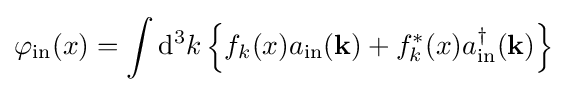
\varphi _{\mathrm {in} }(x)=\int \mathrm {d} ^{3}k\left\{f_{k}(x)a_{\mathrm {in} }(\mathbf {k} )+f_{k}^{*}(x)a_{\mathrm {in} }^{\dagger }(\mathbf {k} )\right\}